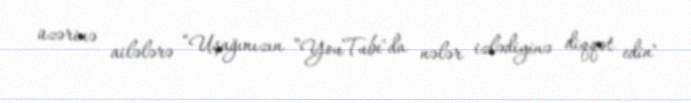
üzərinə ailələrə “Uşağınızın ”YouTube"da nələr izlədiyinə diqqət edin"